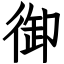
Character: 御